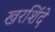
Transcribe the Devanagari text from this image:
खरशिंदे